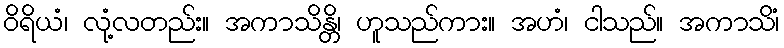
ဝိရိယံ၊ လုံ့လတည်း။ အကာသိန္တိ၊ ဟူသည်ကား။ အဟံ၊ ငါသည်။ အကာသိံ၊